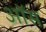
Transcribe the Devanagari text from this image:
ऑस